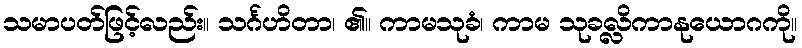
သမာပတ်ဖြင့်လည်း။ သင်္ဂဟိတာ၊ ၏။ ကာမသုခံ၊ ကာမ သုခလ္လိကာနုယောဂကို။